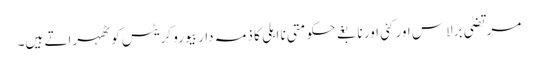
مرتضیٰ برلاس اور کئی اور نابغے حکومتی نا اہلی کا ذمہ دار بیورو کریٹس کو ٹھہراتے ہیں۔